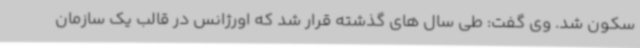
سکون شد. وی گفت: طی سال های گذشته قرار شد که اورژانس در قالب یک سازمان